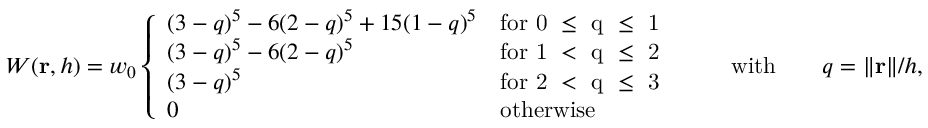
W ( \mathbf { r } , h ) = w _ { 0 } \left\{ \begin{array} { l l } { ( 3 - q ) ^ { 5 } - 6 ( 2 - q ) ^ { 5 } + 1 5 ( 1 - q ) ^ { 5 } } & { \mathrm { f o r ~ 0 ~ \leq ~ q ~ \leq ~ 1 ~ } } \\ { ( 3 - q ) ^ { 5 } - 6 ( 2 - q ) ^ { 5 } } & { \mathrm { f o r ~ 1 ~ < ~ q ~ \leq ~ 2 ~ } } \\ { ( 3 - q ) ^ { 5 } } & { \mathrm { f o r ~ 2 ~ < ~ q ~ \leq ~ 3 ~ } } \\ { 0 } & { \mathrm { o t h e r w i s e } } \end{array} \right. \qquad \mathrm { w i t h } \qquad q = { \lVert } \mathbf { r } { \rVert } / h ,